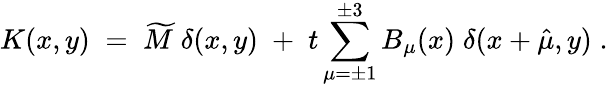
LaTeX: K(x,y)\; =\; \widetilde{M}\; \delta(x,y)\; +\; t\sum_{\mu=\pm 1}^{\pm 3}B_{\mu}(x)\; \delta(x+\hat{\mu},y)\; .